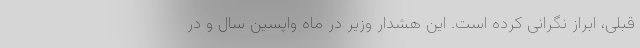
قبلی، ابراز نگرانی کرده است. این هشدار وزیر در ماه واپسین سال و در